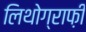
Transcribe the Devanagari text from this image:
लिथोग्राफ़ी